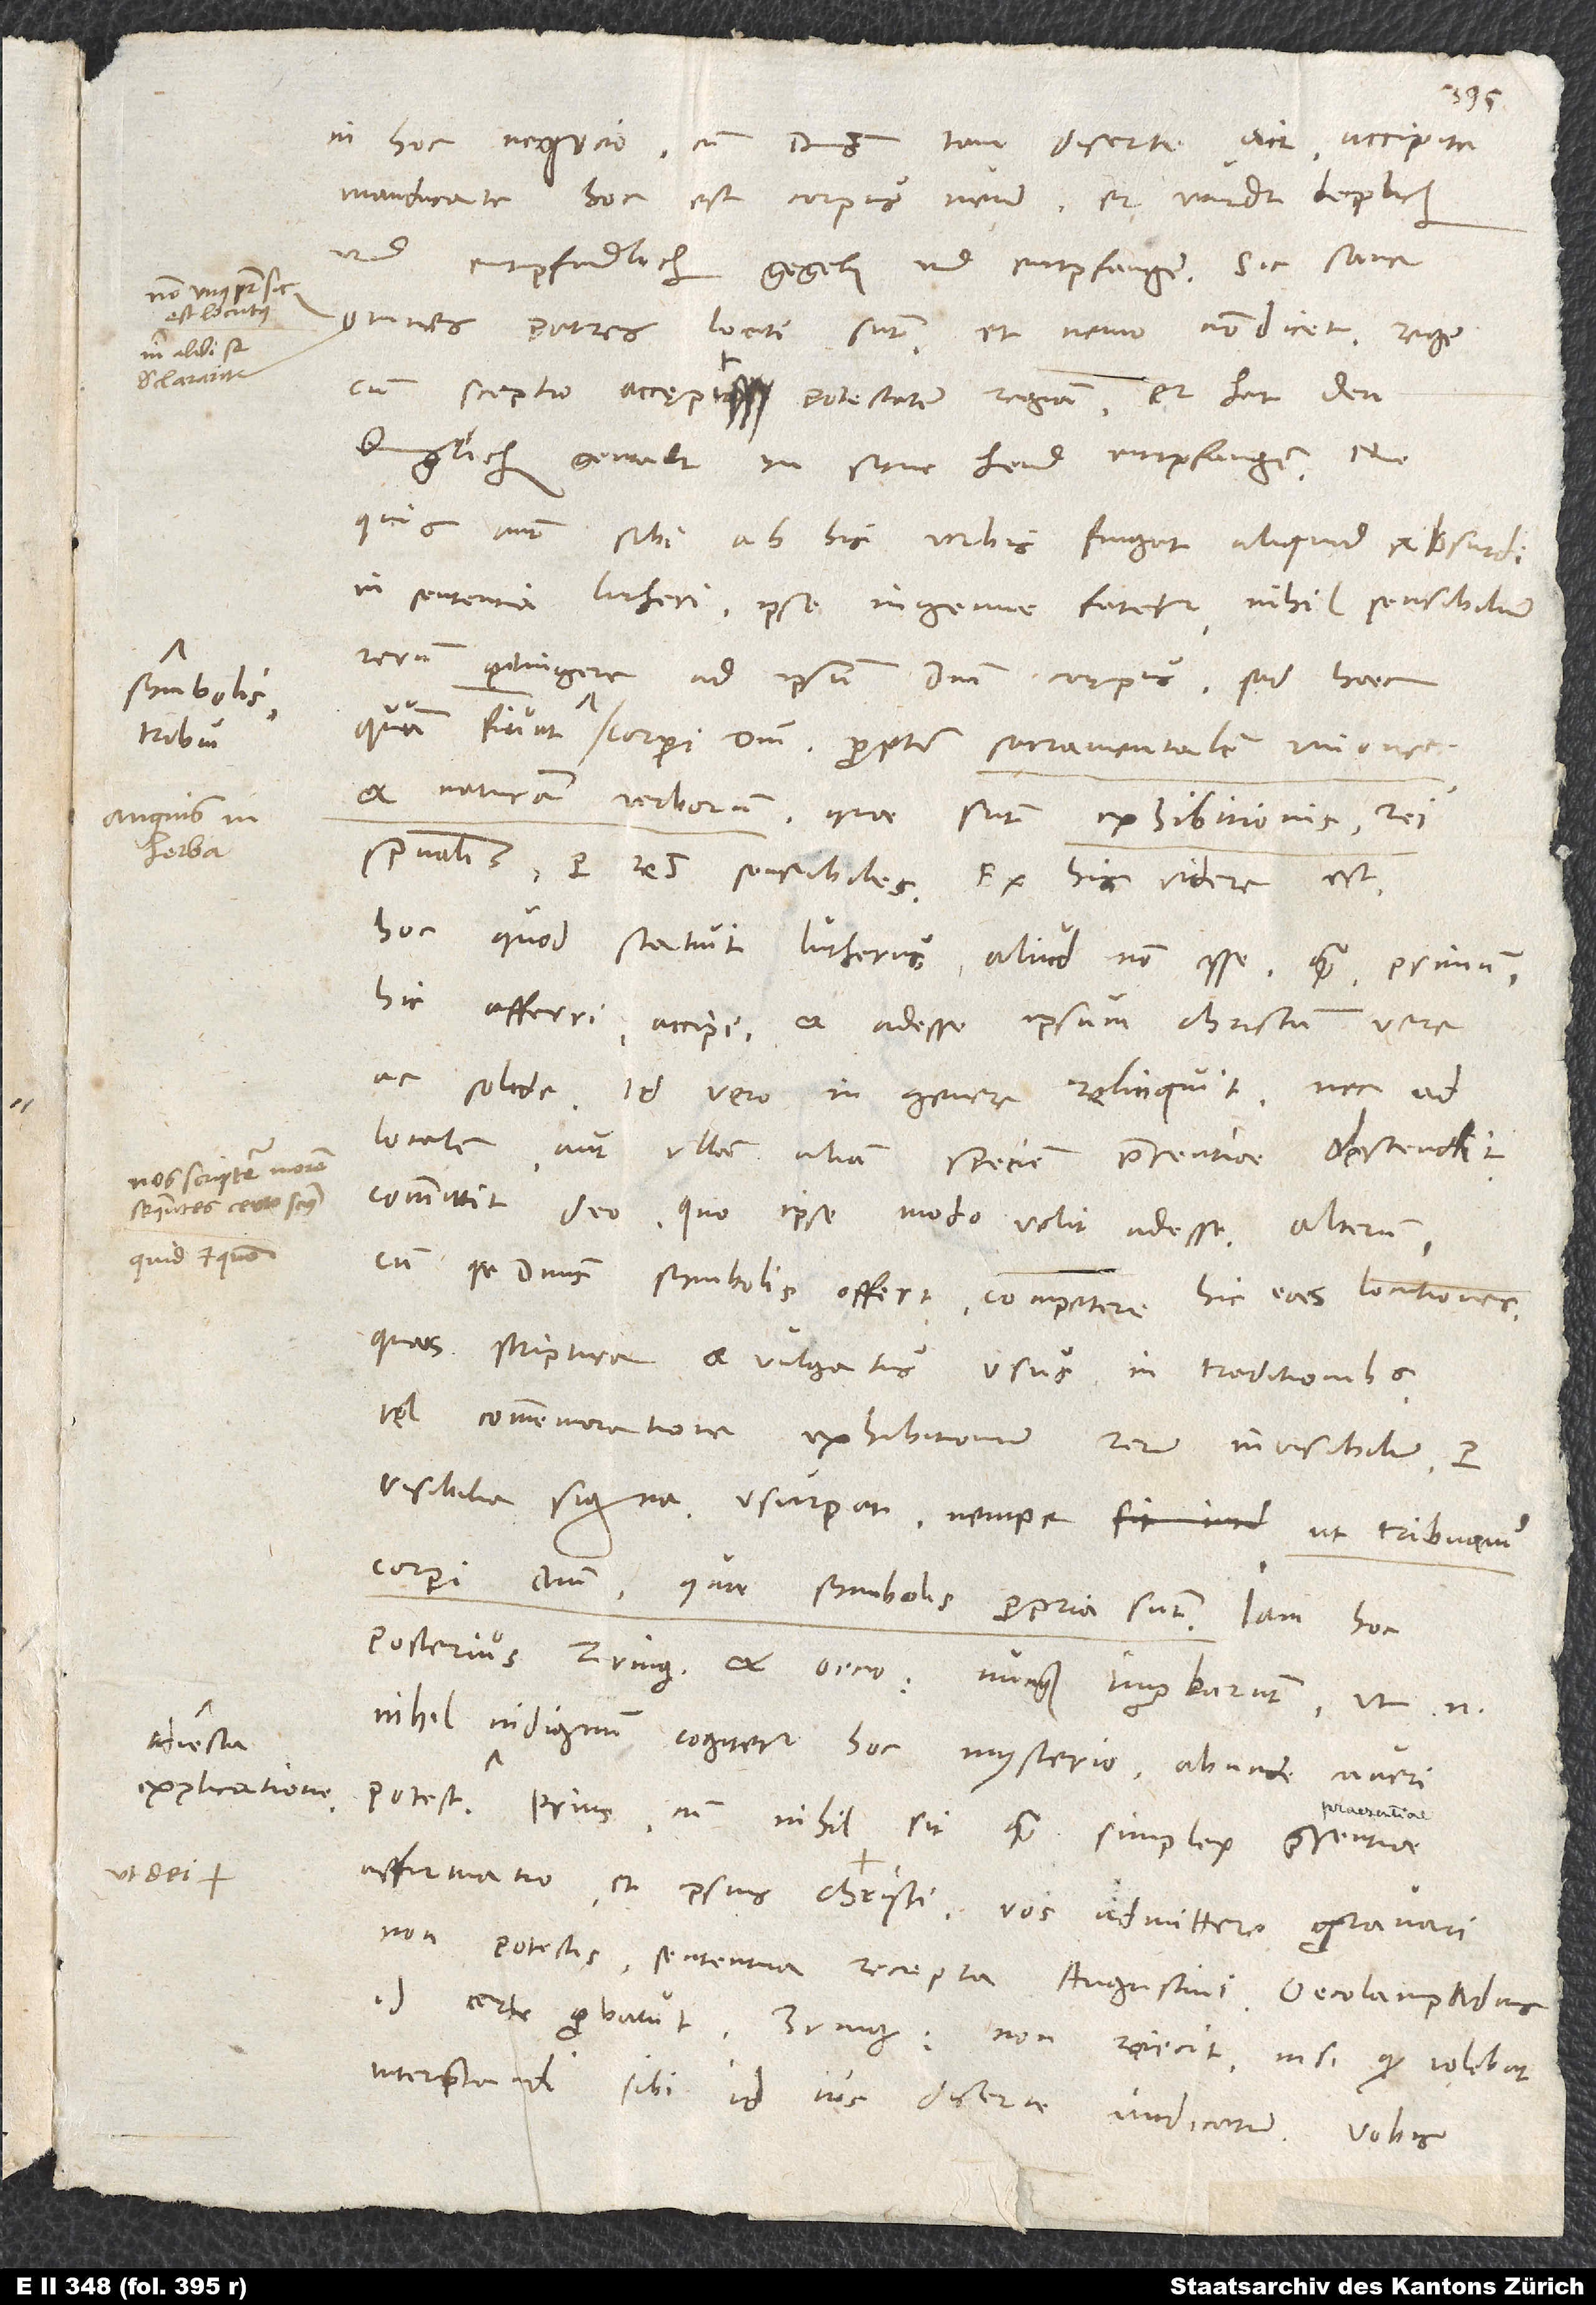
tribui
explicationem.

in hoc negocio, cum dominus tam diserte ait: «Accipite,
manducate, hoc est corpus meum» , er wirdt leiplich
und entpfindlich gegeben und entpfangen? Sic sane
omnes patres locuti sunt, et nemo non dicet: Rex
cum sceptro accepit potestatem regiam, er hat den
kunglichen gewalt in syne hend entpfangen. Ne
quis autem sibi ab his verbis fingat aliquid absurdi
in sententia Lutheri, ipse ingenue fatetur nihil sensibilium
rerum pertingere ad ipsum domini corpus, sed haec,
et naturam verborum, quae sunt exhibitionis rei
hoc, quod statuit Lutherus, aliud non esse quam primum:
hic afferri, accipi et adesse ipsum Christum vere
ac solide - id vero in genere relinquit nec ad
localem aut ullam aliam speciem praesentiae descendit,
committit deo, quo ipse modo velit adesse -, alterum:
cum se dominus symbolis offert, competere hic eas locutiones,
quas scriptura et vulgatus usus in traditionibus
vel commemoratione exhibitionum rerum invisibilium per
visibilia signa usurpat, nempe ut tribuamus
corpori domini, quae symbolis propria sunt. Iam hoc
interpretandi sibi id ius diserte vindicatum. Vobis,